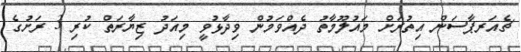
ޗެއަރޕާސަން އިތުރަށް މައުލޫމާތު ދެއްވަމުން ވިދާޅުވީ މިއަދު ޒިޔާރަތް ކުރި 3 ރަށުގެ